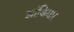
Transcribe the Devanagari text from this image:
झांजिबार